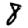
Digit: 8